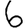
Digit: 6